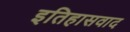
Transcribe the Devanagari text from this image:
इतिहासवाद